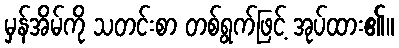
မှန်အိမ်ကို သတင်းစာ တစ်ရွက်ဖြင့် အုပ်ထား၏။